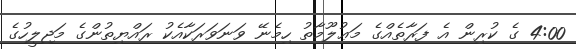
4:00 ގެ ކުރިން އެ ފަރާތެއްގެ މަޢުލޫމާތު ހިމެނޭ ވަނަވަރަކާއެކު ރައްޔިތުންގެ މަޖިލީހުގެ